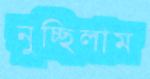
নুচ্ছিলাম